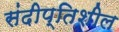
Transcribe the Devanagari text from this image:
संदीप्तिशील